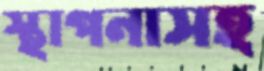
স্থাপনাসহ